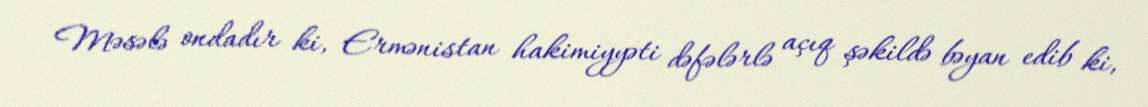
Məsələ ondadır ki, Ermənistan hakimiyyəti dəfələrlə açıq şəkildə bəyan edib ki,